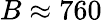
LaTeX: B\approx 760